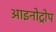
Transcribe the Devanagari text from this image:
आइनोट्रोप